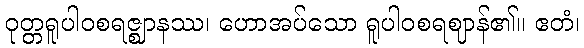
ဝုတ္တရူပါဝစရဇ္ဈာနဿ၊ ဟောအပ်သော ရူပါဝစရဈာန်၏။ ဧတံ၊